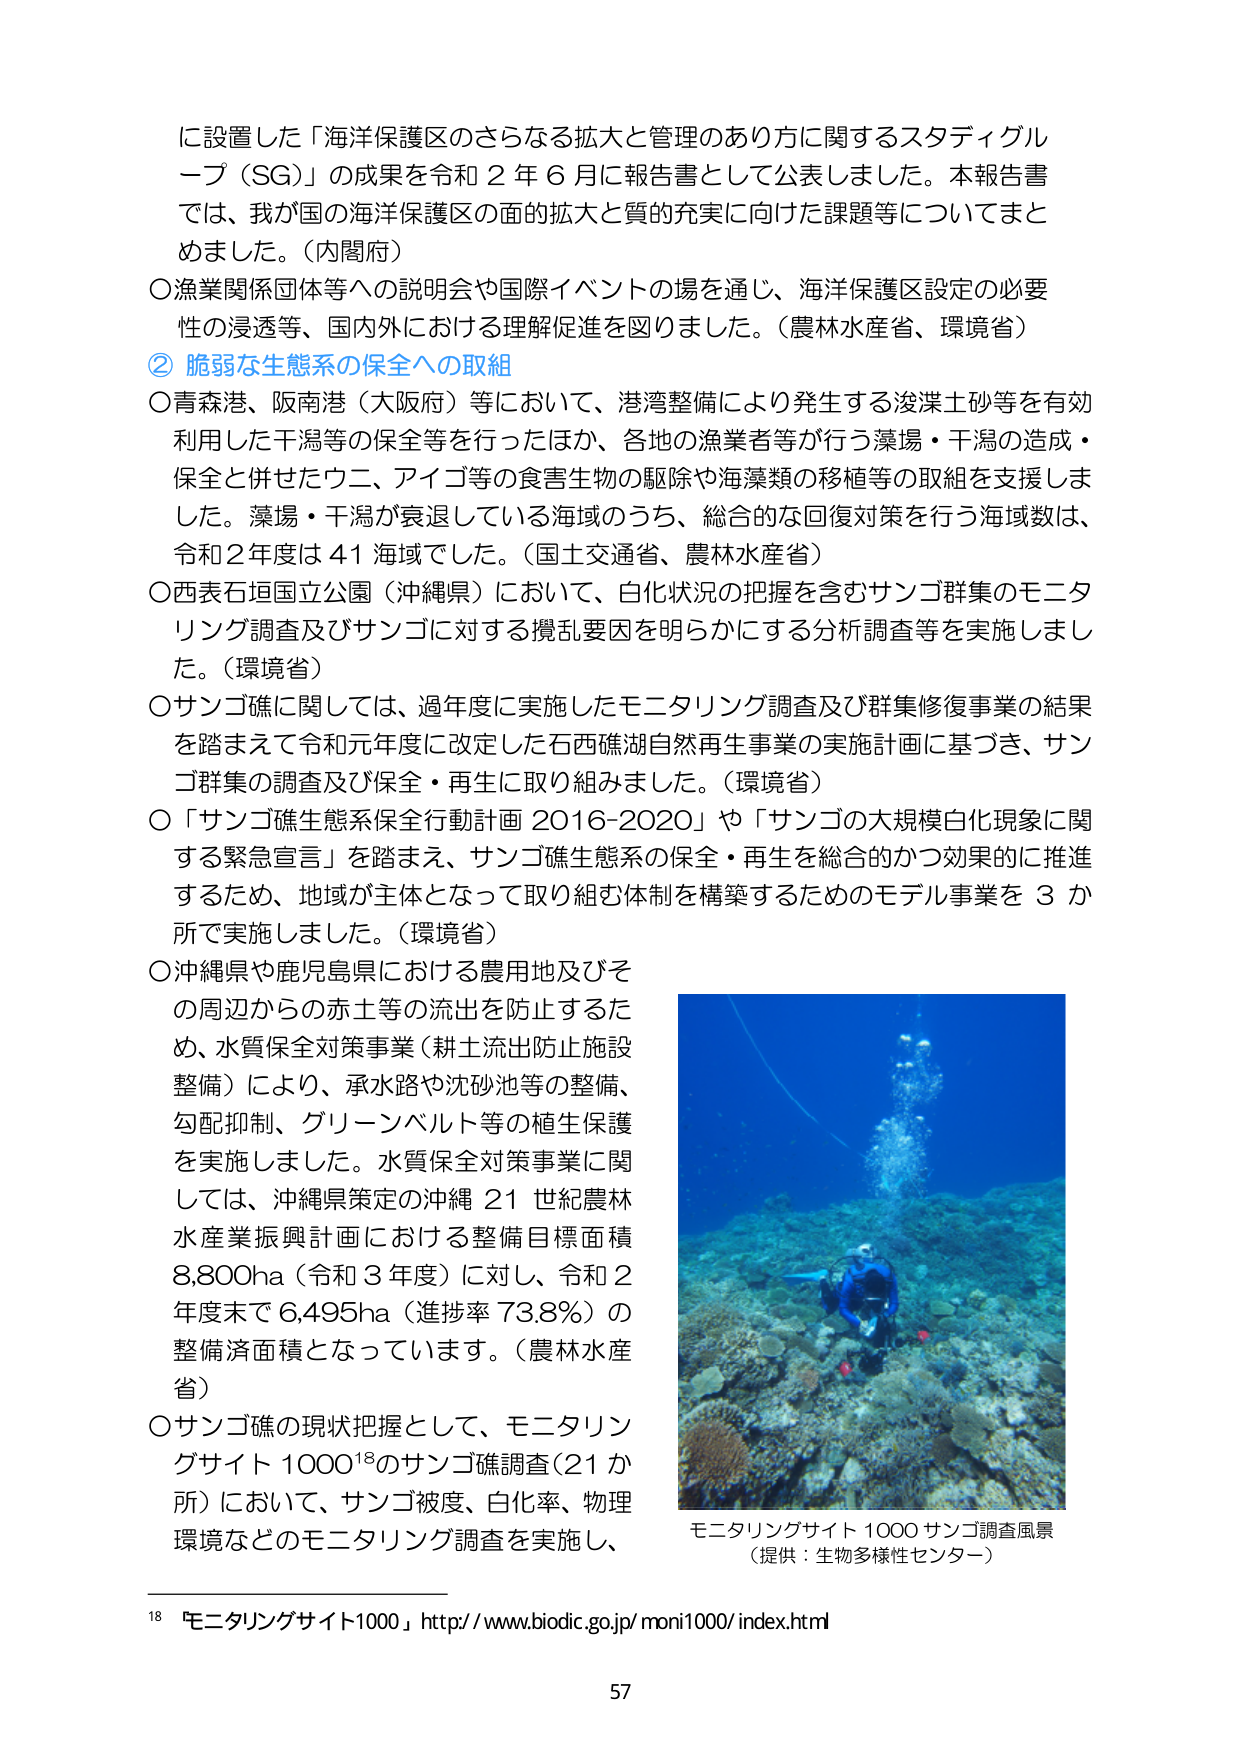
に設置した「海洋保護区のさらなる拡大と管理のあり方に関するスタディグループ（SG）」の成果を令和２年６月に報告書として公表しました。本報告書では、我が国の海洋保護区の面的拡大と質的充実に向けた課題等についてまとめました。（内閣府）
○漁業関係団体等への説明会や国際イベントの場を通じ、海洋保護区設定の必要性の浸透等、国内外における理解促進を図りました。（農林水産省、環境省）
② 脆弱な生態系の保全への取組
○青森港、阪南港（大阪府）等において、港湾整備により発生する浚渫土砂等を有効利用した干潟等の保全等を行ったほか、各地の漁業者等が行う藻場・干潟の造成・保全と併せたウニ、アイゴ等の食害生物の駆除や海藻類の移植等の取組を支援しました。藻場・干潟が衰退している海域のうち、総合的な回復対策を行う海域数は、令和２年度は４１海域でした。（国土交通省、農林水産省）
○西表石垣国立公園（沖縄県）において、白化状況の把握を含むサンゴ群集のモニタリング調査及びサンゴに対する攪乱要因を明らかにする分析調査等を実施しました。（環境省）
○サンゴ礁に関しては、過年度に実施したモニタリング調査及び群集修復事業の結果を踏まえて令和元年度に改定した石西礁湖自然再生事業の実施計画に基づき、サンゴ群集の調査及び保全・再生に取り組みました。（環境省）
○「サンゴ礁生態系保全行動計画 2016-2020」や「サンゴの大規模白化現象に関する緊急宣言」を踏まえ、サンゴ礁生態系の保全・再生を総合的かつ効果的に推進するため、地域が主体となって取り組む体制を構築するためのモデル事業を３か所で実施しました。（環境省）
○沖縄県や鹿児島県における農用地及びその周辺からの赤土等の流出を防止するため、水質保全対策事業（耕土流出防止施設整備）により、承水路や沈砂池等の整備、勾配抑制、グリーンベルト等の植生保護を実施しました。水質保全対策事業に関しては、沖縄県策定の沖縄２１世紀農林水産業振興計画における整備目標面積８,８００ha（令和３年度）に対し、令和２年度末で６,４９５ha（進捗率７３.８％）の整備済面積となっています。（農林水産省）
○サンゴ礁の現状把握として、モニタリングサイト１０００¹⁸のサンゴ礁調査（２１か所）において、サンゴ被度、白化率、物理環境などのモニタリング調査を実施し、

モニタリングサイト１０００ サンゴ調査風景
（提供：生物多様性センター）

¹⁸ 「モニタリングサイト１０００」 http://www.biodic.go.jp/moni1000/index.html

57